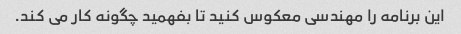
این برنامه را مهندسی معکوس کنید تا بفهمید چگونه کار می کند.